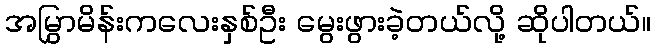
အမြွှာမိန်းကလေးနှစ်ဦး မွေးဖွားခဲ့တယ်လို့ ဆိုပါတယ်။